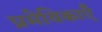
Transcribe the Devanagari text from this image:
प्रमेयिकाएँ